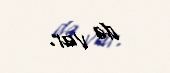
də var.